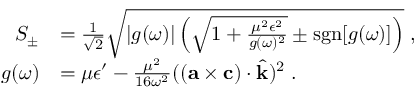
\begin{array} { r l } { S _ { \pm } } & { = \frac { 1 } { \sqrt { 2 } } \sqrt { | g ( \omega ) | \left( \sqrt { 1 + \frac { \mu ^ { 2 } \epsilon ^ { 2 } } { g ( \omega ) ^ { 2 } } } \pm \mathrm { s g n } [ g ( \omega ) ] \right) } \; , } \\ { g ( \omega ) } & { = \mu \epsilon ^ { \prime } - \frac { \mu ^ { 2 } } { 1 6 \omega ^ { 2 } } ( ( { \bf { a } } \times { \bf { c } } ) \cdot \hat { \bf { k } } ) ^ { 2 } \; . } \end{array}